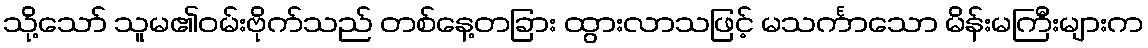
သို့သော် သူမ၏ဝမ်းဗိုက်သည် တစ်နေ့တခြား ထွားလာသဖြင့် မသင်္ကာသော မိန်းမကြီးများက